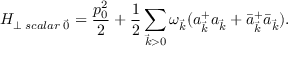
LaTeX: H _ { \perp \; s c a l a r \; \vec { 0 } } = \frac { p _ { 0 } ^ { 2 } } { 2 } + \frac { 1 } { 2 } \sum _ { \vec { k } > 0 } \omega _ { \vec { k } } ( a _ { \vec { k } } ^ { + } a _ { \vec { k } } + \bar { a } _ { \vec { k } } ^ { + } \bar { a } _ { \vec { k } } ) .